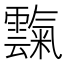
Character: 霼